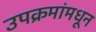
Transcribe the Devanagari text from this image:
उपक्रमांमधून